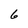
Character: 6